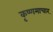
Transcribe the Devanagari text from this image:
कृष्णमाचार